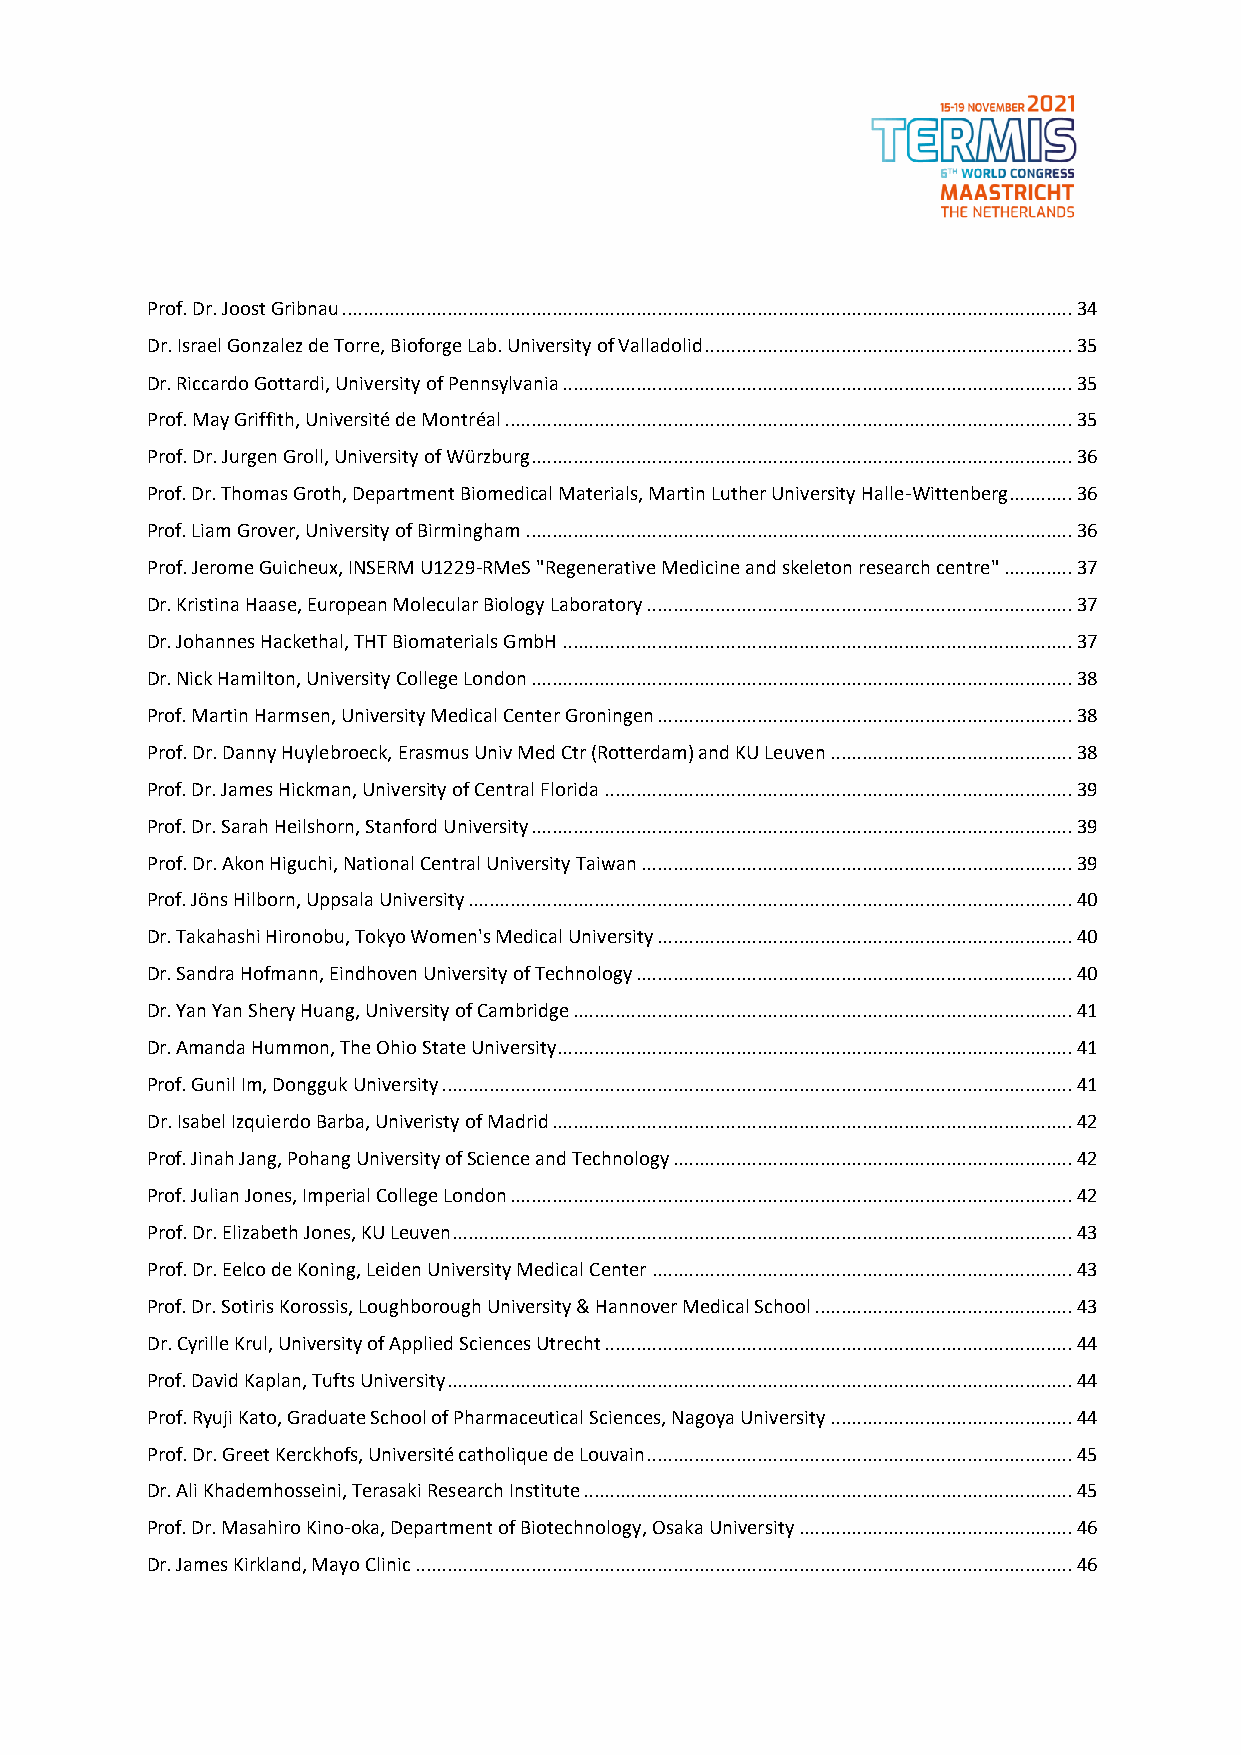
Prof. Dr. Joost Gribnau ........................................................................................................................................... 34
 Dr. Israel Gonzalez de Torre, Bioforge Lab. University of Valladolid ...................................................................... 35
 Dr. Riccardo Gottardi, University of Pennsylvania ................................................................................................. 35
 Prof. May Griffith, Université de Montréal ............................................................................................................ 35
 Prof. Dr. Jurgen Groll, University of Würzburg ....................................................................................................... 36
 Prof. Dr. Thomas Groth, Department Biomedical Materials, Martin Luther University Halle-Wittenberg ............ 36
 Prof. Liam Grover, University of Birmingham ........................................................................................................ 36
 Prof. Jerome Guicheux, INSERM U1229-RMeS "Regenerative Medicine and skeleton research centre" ............. 37
 Dr. Kristina Haase, European Molecular Biology Laboratory ................................................................................. 37
 Dr. Johannes Hackethal, THT Biomaterials GmbH ................................................................................................. 37
 Dr. Nick Hamilton, University College London ....................................................................................................... 38
 Prof. Martin Harmsen, University Medical Center Groningen ............................................................................... 38
 Prof. Dr. Danny Huylebroeck, Erasmus Univ Med Ctr (Rotterdam) and KU Leuven .............................................. 38
 Prof. Dr. James Hickman, University of Central Florida ......................................................................................... 39
 Prof. Dr. Sarah Heilshorn, Stanford University ....................................................................................................... 39
 Prof. Dr. Akon Higuchi, National Central University Taiwan .................................................................................. 39
 Prof. Jöns Hilborn, Uppsala University ................................................................................................................... 40
 Dr. Takahashi Hironobu, Tokyo Women's Medical University ............................................................................... 40
 Dr. Sandra Hofmann, Eindhoven University of Technology ................................................................................... 40
 Dr. Yan Yan Shery Huang, University of Cambridge ............................................................................................... 41
 Dr. Amanda Hummon, The Ohio State University.................................................................................................. 41
 Prof. Gunil Im, Dongguk University ........................................................................................................................ 41
 Dr. Isabel Izquierdo Barba, Univeristy of Madrid ................................................................................................... 42
 Prof. Jinah Jang, Pohang University of Science and Technology ............................................................................ 42
 Prof. Julian Jones, Imperial College London ........................................................................................................... 42
 Prof. Dr. Elizabeth Jones, KU Leuven ...................................................................................................................... 43
 Prof. Dr. Eelco de Koning, Leiden University Medical Center ................................................................................ 43
 Prof. Dr. Sotiris Korossis, Loughborough University & Hannover Medical School ................................................. 43
 Dr. Cyrille Krul, University of Applied Sciences Utrecht ......................................................................................... 44
 Prof. David Kaplan, Tufts University ....................................................................................................................... 44
 Prof. Ryuji Kato, Graduate School of Pharmaceutical Sciences, Nagoya University .............................................. 44
 Prof. Dr. Greet Kerckhofs, Université catholique de Louvain ................................................................................. 45
 Dr. Ali Khademhosseini, Terasaki Research Institute ............................................................................................. 45
 Prof. Dr. Masahiro Kino-oka, Department of Biotechnology, Osaka University .................................................... 46
 Dr. James Kirkland, Mayo Clinic ............................................................................................................................. 46